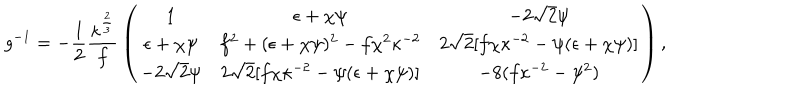
g ^ { - 1 } = - { \frac { 1 } { 2 } } { \frac { \kappa ^ { \frac { 2 } { 3 } } } { f } } \left( \begin{matrix} { { 1 } } & { { \epsilon + \chi \psi } } & { { - 2 \sqrt 2 \psi } } \\ { { \epsilon + \chi \psi } } & { { f ^ { 2 } + ( \epsilon + \chi \psi ) ^ { 2 } - f \chi ^ { 2 } \kappa ^ { - 2 } } } & { { 2 \sqrt 2 [ f \chi \kappa ^ { - 2 } - \psi ( \epsilon + \chi \psi ) ] } } \\ { { - 2 \sqrt 2 \psi } } & { { 2 \sqrt 2 [ f \chi \kappa ^ { - 2 } - \psi ( \epsilon + \chi \psi ) ] } } & { { - 8 ( f \kappa ^ { - 2 } - \psi ^ { 2 } ) } } \\ \end{matrix} \right) ,